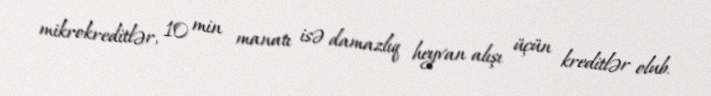
mikrokreditlər, 10 min manatı isə damazlıq heyvan alışı üçün kreditlər olub.